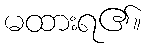
မထားရ၏။